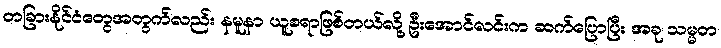
တခြားနိုင်ငံတွေအတွက်လည်း နမူနာ ယူစရာဖြစ်တယ်လို့ ဦးအောင်လင်းက ဆက်ပြောပြီး အခု သမ္မတ